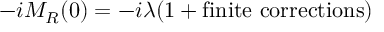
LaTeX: - i M _ { R } ( 0 ) = - i \lambda ( 1 + \mathrm { f i n i t e \ c o r r e c t i o n s } )